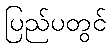
ပြည်ပတွင်